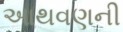
આથવણની